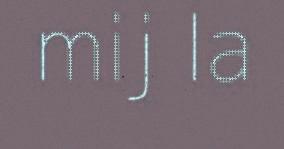
mij la